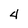
Character: 4